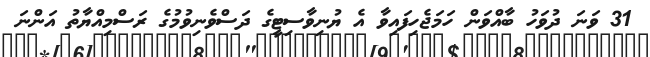
31 ވަނަ ދުވަހު ބާއްވަން ހަމަޖެހިފައިވާ އެ ޔުނިވާސިޓީގެ ދަސްވެނިވުމުގެ ރަސްމިއްޔާތު އަންނަ